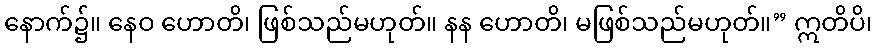
နောက်၌။ နေဝ ဟောတိ၊ ဖြစ်သည်မဟုတ်။ နန ဟောတိ၊ မဖြစ်သည်မဟုတ်။” ဣတိပိ၊